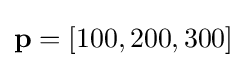
\mathbf {p} =[100,200,300]